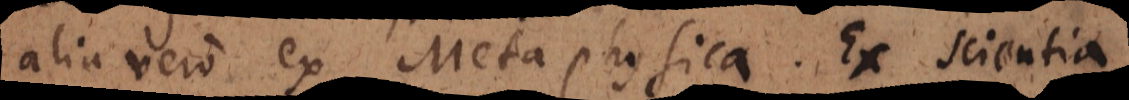
alia vero ex Metaphysica. Ex scientia